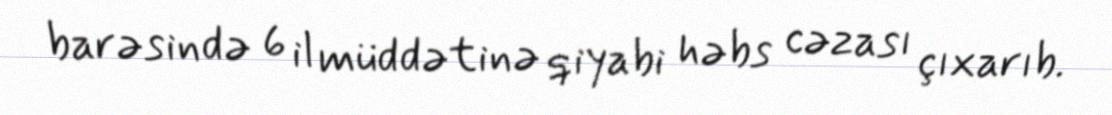
barəsində 6 il müddətinə qiyabi həbs cəzası çıxarıb.